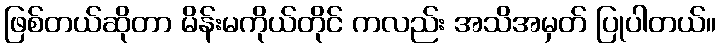
ဖြစ်တယ်ဆိုတာ မိန်းမကိုယ်တိုင် ကလည်း အသိအမှတ် ပြုပါတယ်။